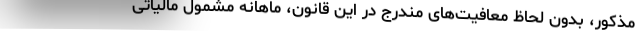
مذکور، بدون لحاظ معافیت‌های مندرج در این قانون، ماهانه مشمول مالیاتی